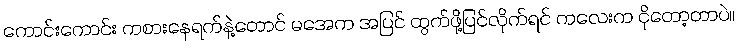
ကောင်းကောင်း ကစားနေရက်နဲ့တောင် မအေက အပြင် ထွက်ဖို့ပြင်လိုက်ရင် ကလေးက ငိုတော့တာပဲ။